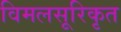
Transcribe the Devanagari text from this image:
विमलसूरिकृत